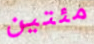
مئتين